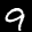
Label: 9